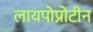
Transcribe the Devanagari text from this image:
लायपोप्रोटीन